Investigations into the jail dietaries of the United Provinces with some observations on the influence of dietary on the physical development and well-being of the people of the United Provinces - Number 48
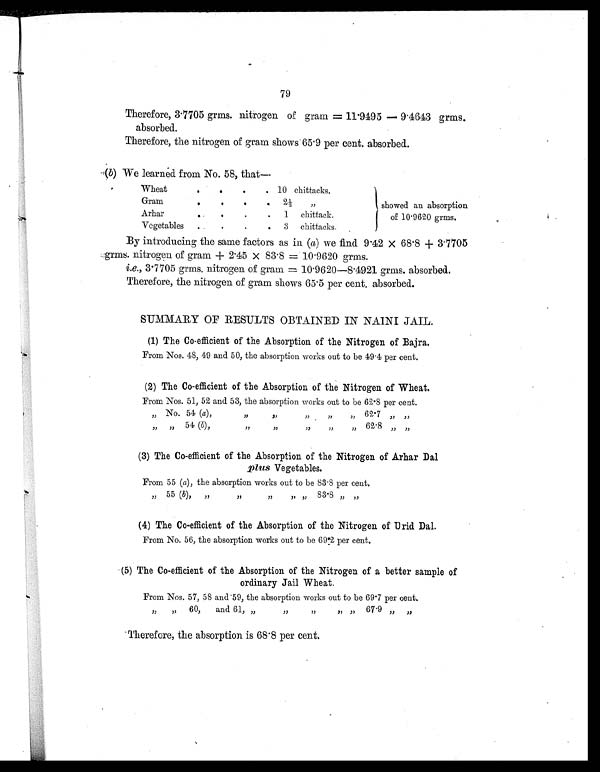
79
Therefore, 3.7705 grms. nitrogen of gram = 11.9495 — 9.4643 grms.
absorbed.
Therefore, the nitrogen of gram shows 65.9 per cent. absorbed.
(b) We learned from No. 58, that—
Wheat
.
.
.
. 10 chittacks.
showed an absorption
of 10.9620 grms.
Gram
.
.
.
. 2½ „
Arhar
.
.
.
.
1 chittack.
Vegetables .
.
.
. 3 chittacks.
By introducing the same factors as in ( a) we find 9.42 × 68.8 + 3.7705
grms. nitrogen of gram + 2.45 × 83.8 = 10.9620 grms.
i.e., 3.7705 grms. nitrogen of gram = 10.9620—8.4921 grms. absorbed.
Therefore, the nitrogen of gram shows 65.5 per cent. absorbed.
SUMMARY OF RESULTS OBTAINED IN NAINI JAIL.
(1) The Co-efficient of the Absorption of the Nitrogen of Bajra.
From Nos. 48, 49 and 50, the absorption works out to be 49.4 per cent.
(2) The Co-efficient of the Absorption of the Nitrogen of Wheat.
From Nos. 51, 52 and 53, the absorption works out to be 62.8 per cent.
,, No. 54 (a) ,
,,
„
„
„
,, 62.7 ,, „
,, ,, 54 (b),
„
„
„
„
„ 62.8 „ „
(3) The Co-efficient of the Absorption of the Nitrogen of Arhar Dal
plus Vegetables.
From 55 (a) , the absorption works out to be 83.8 per cent.
„ 55 (b),
„
„
„
,,
83.8 „ „
(4) The Co-efficient of the Absorption of the Nitrogen of Urid Dal.
From No. 56, the absorption works out to be 69.2 per cent.
(5) The Co-efficient of the Absorption of the Nitrogen of a better sample of
ordinary Jail Wheat.
From Nos. 57, 58 and 59, the absorption works out to be 69.7 per cent.
„
„ 60,
and 61, „
,,
,,
,, ,, 67.9 „ „
Therefore, the absorption is 68.8 per cent.